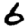
Digit: 6